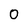
Character: 0